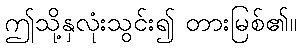
ဤသို့နှလုံးသွင်း၍ တားမြစ်၏။